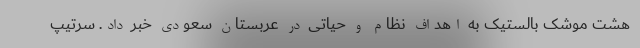
هشت موشک بالستیک به اهداف نظام و حیاتی در عربستان سعودی خبر داد. سرتیپ